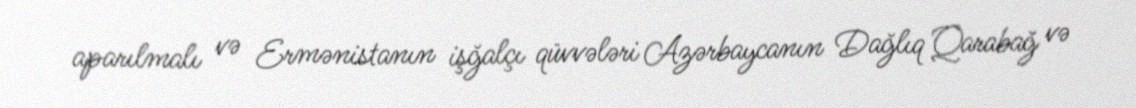
aparılmalı və Ermənistanın işğalçı qüvvələri Azərbaycanın Dağlıq Qarabağ və